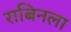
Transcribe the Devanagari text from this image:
राबिनला